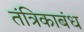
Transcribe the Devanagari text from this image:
तंत्रिकाबंध